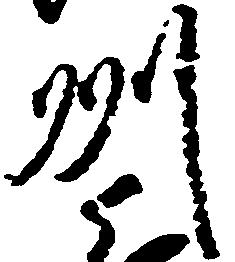
州